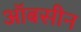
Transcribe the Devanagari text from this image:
ऑबसीन